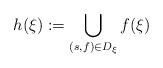
LaTeX: \begin{align*}h(\xi):= \bigcup_{(s,f) \in D_\xi} f(\xi)\end{align*}